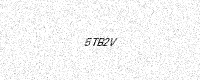
Text: 5TB2V